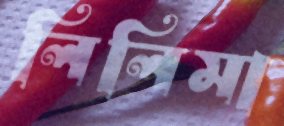
লিলিমা